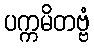
ပက္ကမိတဗ္ဗံ